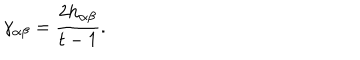
LaTeX: \gamma _ { \alpha \beta } = \frac { 2 h _ { \alpha \beta } } { t - 1 } .